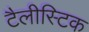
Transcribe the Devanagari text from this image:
टैलीस्टिक